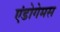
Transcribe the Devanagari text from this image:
एंडोगेमस